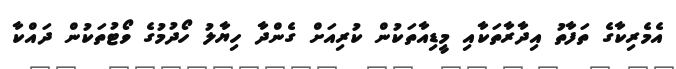
އެމެރިކާގެ ތަފާތު އިދާރާތަކާއި މީޑިއާތަކުން ކުރިއަށް ގެންދާ ހިޔާލު ހޯދުމުގެ ވޯޓުތަކުން ދައްކާ